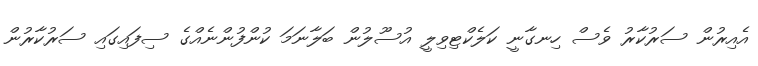
އެއިރުން ސަރުކާރު ވެސް ހިނގާނީ ކަލެކްޓިވިލީ އުސޫލުން ބަލާނަމަ ކުންފުންނެއްގެ ސިފައިގައި ސަރުކާރުން